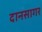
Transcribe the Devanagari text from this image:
दानसागर